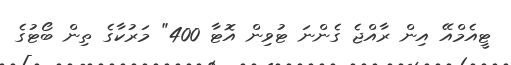
ޓީއެމްއޭ އިން ރާއްޖެ ގެންނަ ޓުވިން އޮޓާ 400" މަރުކާގެ ތިން ބޯޓުގެ